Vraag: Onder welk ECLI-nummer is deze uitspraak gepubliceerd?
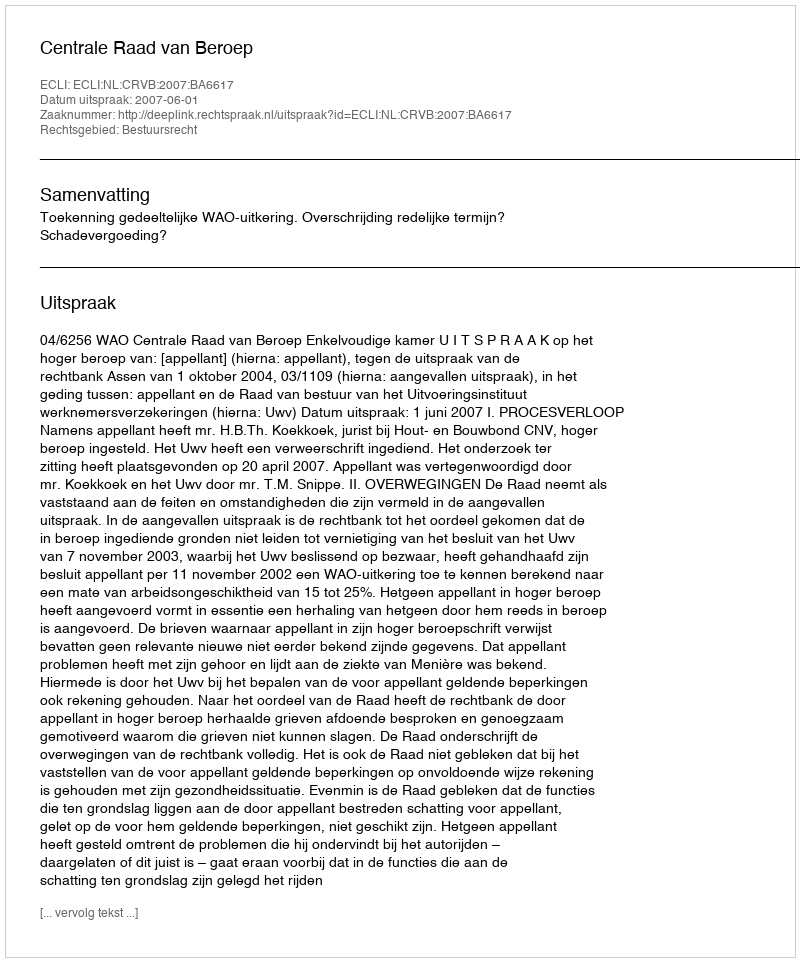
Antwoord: ECLI:NL:CRVB:2007:BA6617